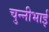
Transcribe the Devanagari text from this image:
चुन्नीभाई